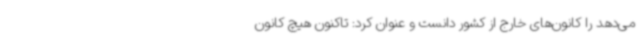
می‌دهد را کانون‌های خارج از کشور دانست و عنوان کرد: تاکنون هیچ کانون